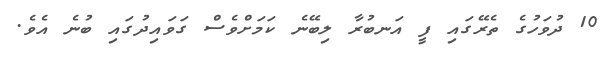
10 ދުވަހުގެ ތެރޭގައި ފީ އަނބުރާ ލިބޭނެ ކަމަށްވެސް ގަވައިދުގައި ބުނެ އެވެ.